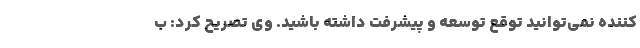
کننده نمی‌توانید توقع توسعه و پیشرفت داشته باشید. وی تصریح کرد: ب